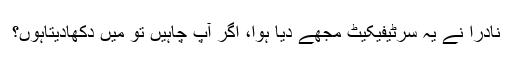
نادرا نے یہ سرٹیفیکیٹ مجھے دیا ہوا، اگر آپ چاہیں تو میں دکھادیتاہوں؟